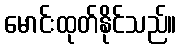
မောင်းထုတ်နိုင်သည်။